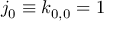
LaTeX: j _ { 0 } \equiv k _ { 0 , 0 } = 1